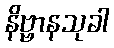
နိဗ္ဗာနသုခါ